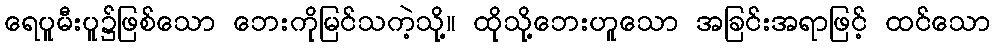
ရေပူမီးပူ၌ဖြစ်သော ဘေးကိုမြင်သကဲ့သို့။ ထိုသို့ဘေးဟူသော အခြင်းအရာဖြင့် ထင်သော